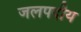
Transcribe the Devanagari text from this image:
जलपदीय